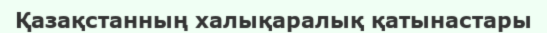
Қазақстанның халықаралық қатынастары